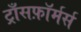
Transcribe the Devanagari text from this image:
ट्राँसफ़ॉर्मर्स